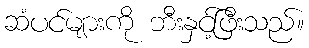
ဆံပင်များကို ဘီးနှင့်ဖြီးသည်။